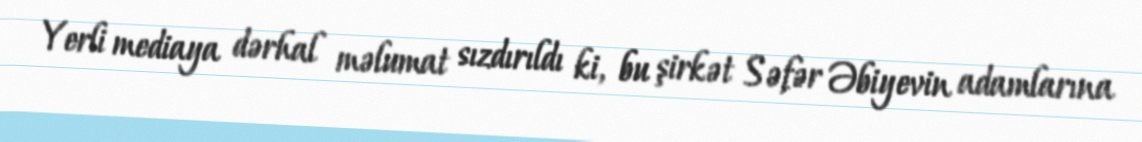
Yerli mediaya dərhal məlumat sızdırıldı ki, bu şirkət Səfər Əbiyevin adamlarına